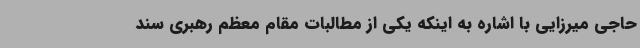
حاجی میرزایی با اشاره به اینکه یکی از مطالبات مقام معظم رهبری سند